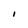
Character: I